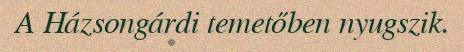
A Házsongárdi temetőben nyugszik.